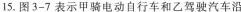
15.图3-7表示甲骑电动自行车和乙驾驶汽车沿